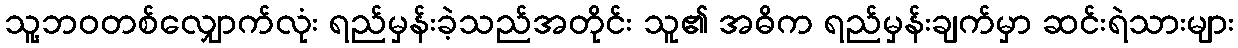
သူ့ဘဝတစ်လျှောက်လုံး ရည်မှန်းခဲ့သည်အတိုင်း သူ၏ အဓိက ရည်မှန်းချက်မှာ ဆင်းရဲသားများ